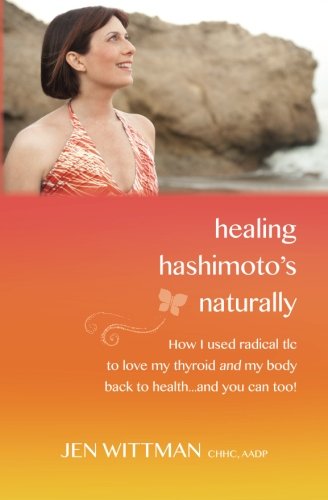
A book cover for Healing Hashimoto's Naturally: How I used radical TLC to love my thyroid and my body back to health...and you can too!; Jen Wittman; Health, Fitness & Dieting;